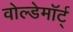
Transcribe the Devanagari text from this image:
वोल्डेमॉर्ट्